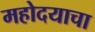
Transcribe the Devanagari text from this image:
महोदयाचा